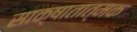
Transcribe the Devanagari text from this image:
साक्षातात्मक